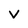
Character: v